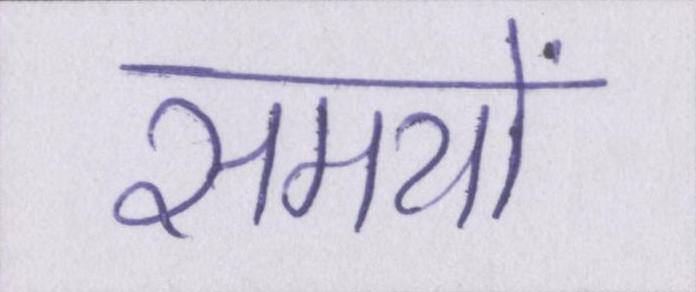
समयों